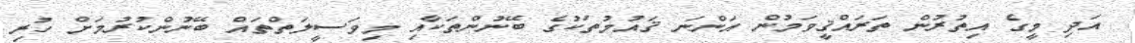
އަދި މީގެ އިތުރުން ތަރައްޤީވަމުން އަންނަ ޤައުމުތަކުގެ ބޭނުންތަކާއި މިވަސީލަތްތައް ބޭނުންކުރުމަށް ހުރި